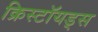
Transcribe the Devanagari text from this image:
क्रिस्टॉयड्स